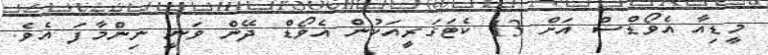
މީޑިއާ އެވޯޑްސް އަށް 13 ކެޓަގަރީއަކުން އެވޯޑް ދޭން ވަނީ ނިންމާފަ އެވެ.